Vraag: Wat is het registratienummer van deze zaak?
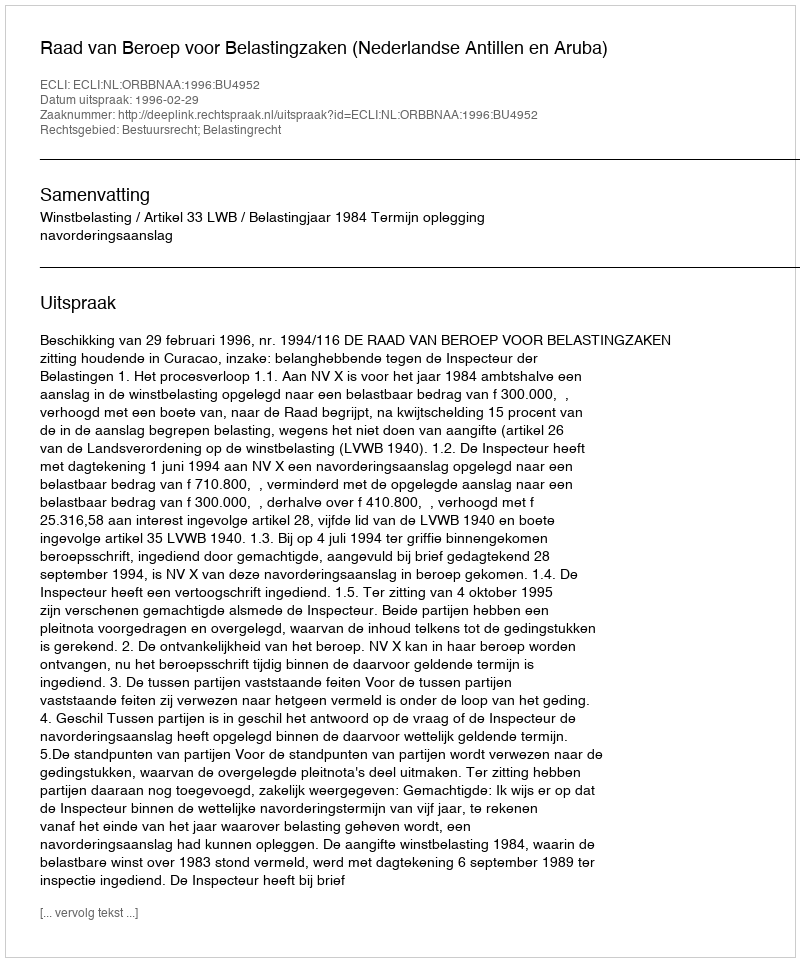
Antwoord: http://deeplink.rechtspraak.nl/uitspraak?id=ECLI:NL:ORBBNAA:1996:BU4952